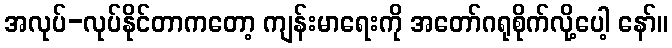
အလုပ်-လုပ်နိုင်တာကတော့ ကျန်းမာရေးကို အတော်ဂရုစိုက်လို့ပေါ့ နော်။